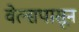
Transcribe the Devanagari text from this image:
वेल्सपासून